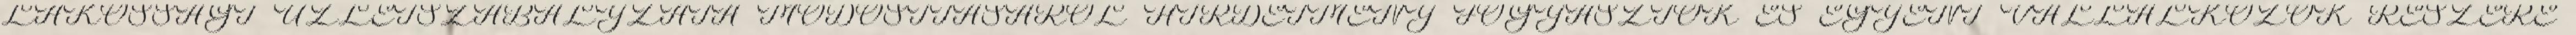
LAKOSSÁGI ÜZLETSZABÁLYZATA MÓDOSÍTÁSÁRÓL HIRDETMÉNY FOGYASZTÓK ÉS EGYÉNI VÁLLALKOZÓK RÉSZÉRE